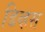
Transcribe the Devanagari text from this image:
डिव्हस